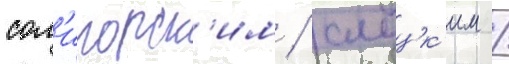
сол'игорск'им / слуцк'им /